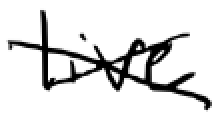
Text: live
Cross-out: cross
Writing tool: digital_black